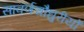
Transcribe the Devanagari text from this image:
सावर्णचौधुरीयों